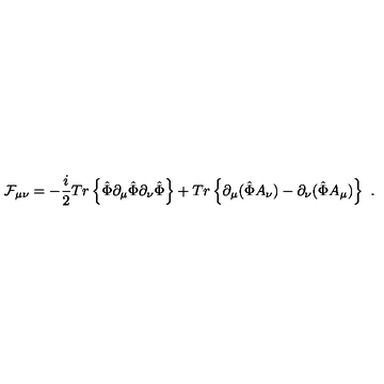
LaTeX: { \cal F } _ { \mu \nu } = - \frac { i } { 2 } T r \left\{ \hat { \Phi } \partial _ { \mu } \hat { \Phi } \partial _ { \nu } \hat { \Phi } \right\} + T r \left\{ \partial _ { \mu } ( \hat { \Phi } A _ { \nu } ) - \partial _ { \nu } ( \hat { \Phi } A _ { \mu } ) \right\} \ .